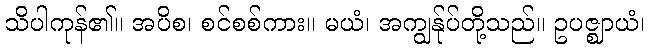
သိပါကုန်၏။ အပိစ၊ စင်စစ်ကား။ မယံ၊ အကျွန်ုပ်တို့သည်။ ဥပဇ္ဈာယံ၊